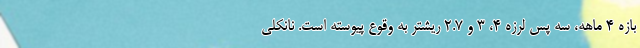
بازه ۴ ماهه، سه پس لرزه ۴، ۳ و ۲.۷ ریشتر به وقوع پیوسته است. نانکلی